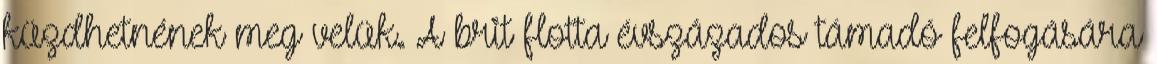
küzdhetnének meg velük. A brit flotta évszázados támadó felfogására